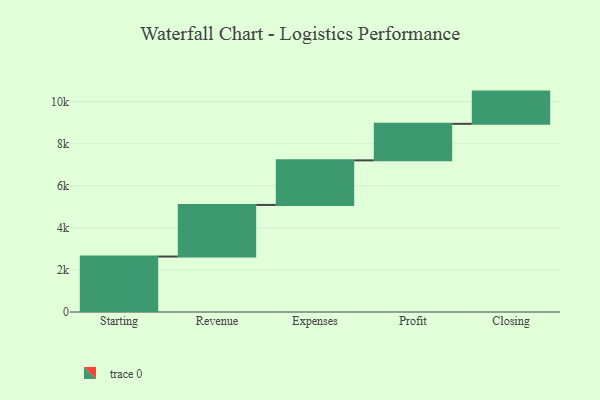
{"axis": {"x": "Step", "y": "Value"}, "legend": [""], "data": [{"x": "Starting", "y": 2637.0, "type": ""}, {"x": "Revenue", "y": 2453.0, "type": ""}, {"x": "Expenses", "y": 2120.0, "type": ""}, {"x": "Profit", "y": 1737.0, "type": ""}, {"x": "Closing", "y": 1532.0, "type": ""}]}